Note on the mental hospitals in Burma - 1925-1940
Year: 1925
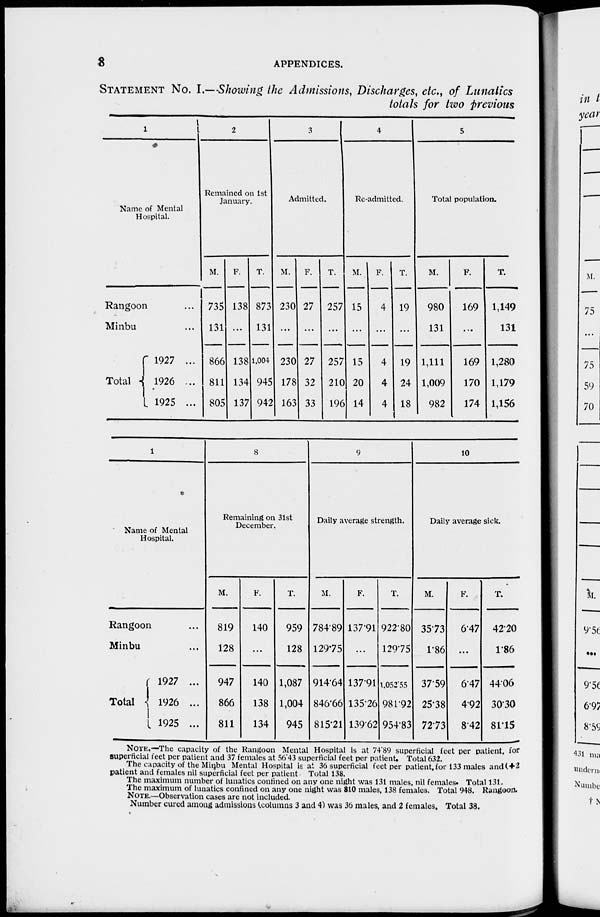
8
APPENDICES.
STATEMENT NO. I.—Showing the Admissions, Discharges, etc., of Lunatics
totals for two previous
1
Name of Mental
Hospital.
Rangoon ...
Minbu ...
Total
1927 ...
1926 ...
1925 ...
2
Remained on 1st
January.
M.
735
131
866
811
805
F.
138
...
138
134
137
T.
873
131
1,004
945
942
3
Admitted.
M.
230
...
230
178
163
F.
27
...
27
32
33
T.
257
...
257
210
196
4
Re-admitted.
M.
15
...
15
20
14
F.
4
...
4
4
4
T.
19
...
19
24
18
5
Total population.
M.
980
131
1,111
1,009
982
F.
169
...
169
170
174
T.
1,149
131
1,280
1,179
1,156
1
Name of Mental
Hospital.
Rangoon ...
Minbu ...
Total
1927 ...
1926 ...
1925 ...
8
Remaining on 31st
December.
M.
819
128
947
866
811
F.
140
...
140
138
134
T.
959
128
1,087
1,004
945
9
Daily average strength.
M.
784.89
129.75
914.64
846.66
815.21
F.
137.91
...
137.91
135.26
139.62
T.
922.80
129.75
1,052.55
981.92
954.83
10
Daily average sick.
M.
35.73
1.86
37.59
25.38
72.73
F.
F.
6.47
...
6.47
4.92
8.42
T.
42.20
1.86
44.06
30.30
81.15
NOTE.—The capacity of the Rangoon Mental Hospital is at 74.89 superficial feet per patient, for
superficial feet per patient and 37 females at 56.43 superficial feet per patient. Total 632.
The capacity of the Minbu Mental Hospital is at 36 superficial feet per patient,for 133 males and(+2
patient and females nil superficial feet per patient Total 138.
The maximum number of lunatics confined on any one night was 131 males, nil females. Total 131.
The maximum of lunatics confined on any one night was 810 males, 138 females. Total 948. Rangoon.
NOTE.—Observation cases are not included.
Number cured among admissions (columns 3 and 4) was 36 males, and 2 females. Total 38.